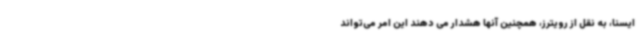
ایسنا، به نقل از رویترز، همچنین آنها هشدار می دهند این امر می‌تواند